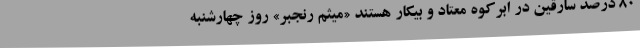
80 درصد سارقین در ابرکوه معتاد و بیکار هستند «میثم رنجبر» روز چهارشنبه